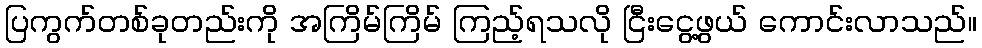
ပြကွက်တစ်ခုတည်းကို အကြိမ်ကြိမ် ကြည့်ရသလို ငြီးငွေ့ဖွယ် ကောင်းလာသည်။